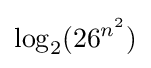
\log _{2}(26^{n^{2}})